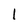
Character: 1